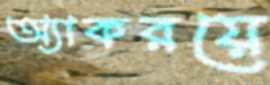
অ্যাকরয়ে